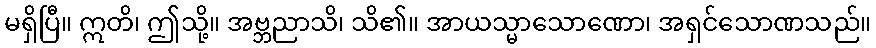
မရှိပြီ။ ဣတိ၊ ဤသို့။ အဗ္ဘညာသိ၊ သိ၏။ အာယသ္မာသောဏော၊ အရှင်သောဏသည်။